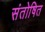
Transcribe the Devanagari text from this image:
संतोषित